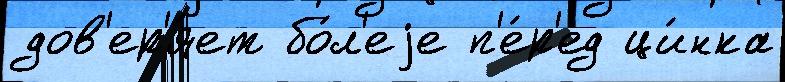
дов'ер'я́ет бо́л'еjе п'е́р'ед ци́нка